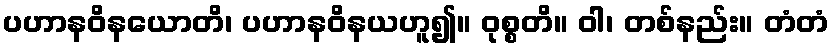
ပဟာနဝိနယောတိ၊ ပဟာနဝိနယဟူ၍။ ဝုစ္စတိ။ ဝါ၊ တစ်နည်း။ တံတံ